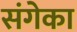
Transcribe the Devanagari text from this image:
संगेका